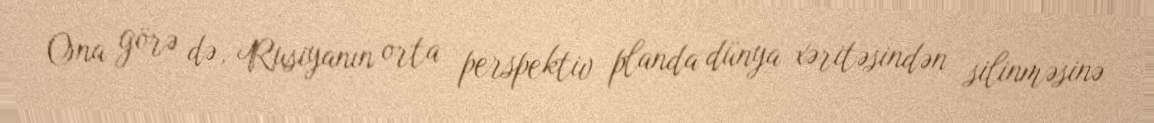
Ona görə də, Rusiyanın orta perspektiv planda dünya xəritəsindən silinməsinə